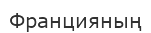
Францияның